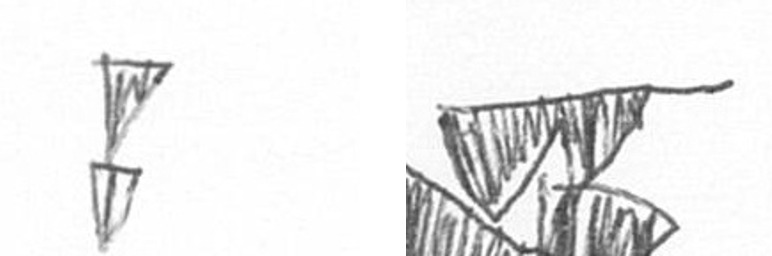
Z B